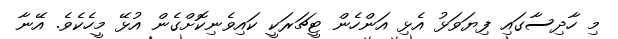
މި ހާދިސާގައި ފިޔަވަޅު އެޅި އަންހެން ޓީޗަރަކީ ކައިވެނިކޮށްގެން އުޅޭ މީހެކެވެ. އޭނާ